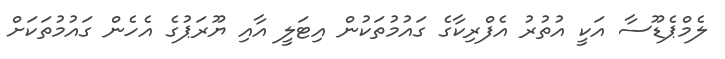
ލެމްޕެޑޫސާ އަކީ އުތުރު އެފްރިކާގެ ގައުމުތަކުން އިޓަލީ އާއި ޔޫރަޕުގެ އެހެން ގައުމުތަކަށް